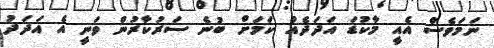
ނަމަވެސް އެއީ މާކުޑަ އަދަދެއް ކަމަށް ބުނެ ސަރުކާރުން ވަނީ އެ އަދަދު